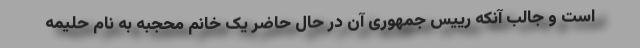
است و جالب آنکه رییس جمهوری آن در حال حاضر یک خانم محجبه به نام حلیمه